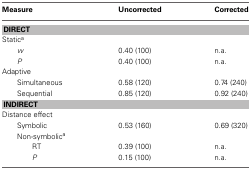
<table><thead><tr><td><b>Measure</b></td><td><b>Uncorrected</b></td><td><b>Corrected</b></td></tr></thead><tbody><tr><td colspan="3"><b>DIRECT</b></td></tr><tr><td>Static<sup>a</sup></td><td></td><td></td></tr><tr><td><i>w</i></td><td>0.40 (100)</td><td>n.a.</td></tr><tr><td><i>P</i></td><td>0.40 (100)</td><td>n.a.</td></tr><tr><td>Adaptive</td><td></td><td></td></tr><tr><td>Simultaneous</td><td>0.58 (120)</td><td>0.74 (240)</td></tr><tr><td>Sequential</td><td>0.85 (120)</td><td>0.92 (240)</td></tr><tr><td colspan="3"><b>INDIRECT</b></td></tr><tr><td>Distance effect</td><td></td><td></td></tr><tr><td>Symbolic</td><td>0.53 (160)</td><td>0.69 (320)</td></tr><tr><td>Non-symbolic<sup>a</sup></td><td></td><td></td></tr><tr><td>RT</td><td>0.39 (100)</td><td>n.a.</td></tr><tr><td><i>P</i></td><td>0.15 (100)</td><td>n.a.</td></tr></tbody></table>